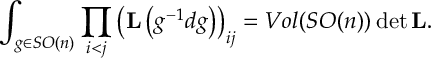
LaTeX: \int _ { g \in S O ( n ) } \prod _ { i < j } \left( { \bf L } \left( g ^ { - 1 } d g \right) \right) _ { i j } = V o l ( S O ( n ) ) \operatorname * { d e t } { \bf L } .